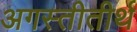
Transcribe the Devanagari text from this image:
अगस्तीतीर्थ